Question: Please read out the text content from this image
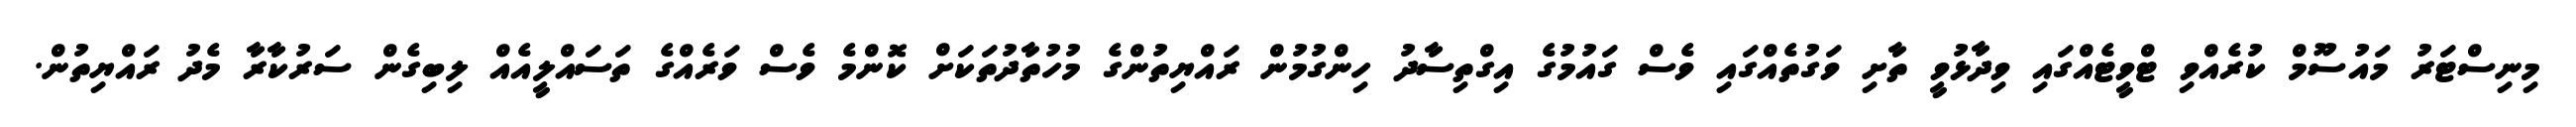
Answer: މިނިސްޓަރު މައުސޫމް ކުރެއްވި ޓްވީޓެއްގައި ވިދާޅުވީ ތާށި ވަގުތެއްގައި ވެސް ގައުމުގެ އިގްތިސާދު ހިންގުމުން ރައްޔިތުންގެ މުހުތާދުތަކަށް ކޮންމެ ވެސް ވަރެއްގެ ތަސައްލީއެއް ލިބިގެން ސަރުކާރާ މެދު ރައްޔިތުން.